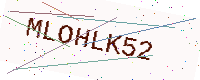
Text: MLOHLK52